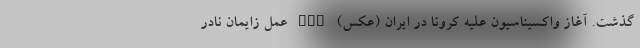
گذشت. آغاز واکسیناسیون علیه کرونا در ایران (عکس) nan عمل زایمان نادر